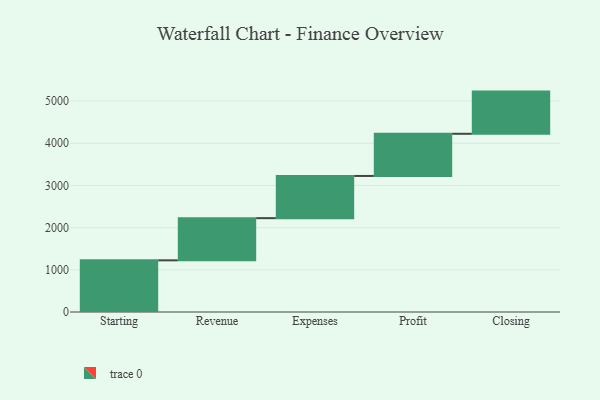
{"axis": {"x": "Step", "y": "Value"}, "legend": [""], "data": [{"x": "Starting", "y": 1225.0, "type": ""}, {"x": "Revenue", "y": 1000, "type": ""}, {"x": "Expenses", "y": 1000, "type": ""}, {"x": "Profit", "y": 1000, "type": ""}, {"x": "Closing", "y": 1000, "type": ""}]}